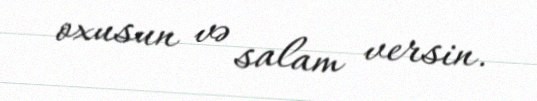
oxusun və salam versin.